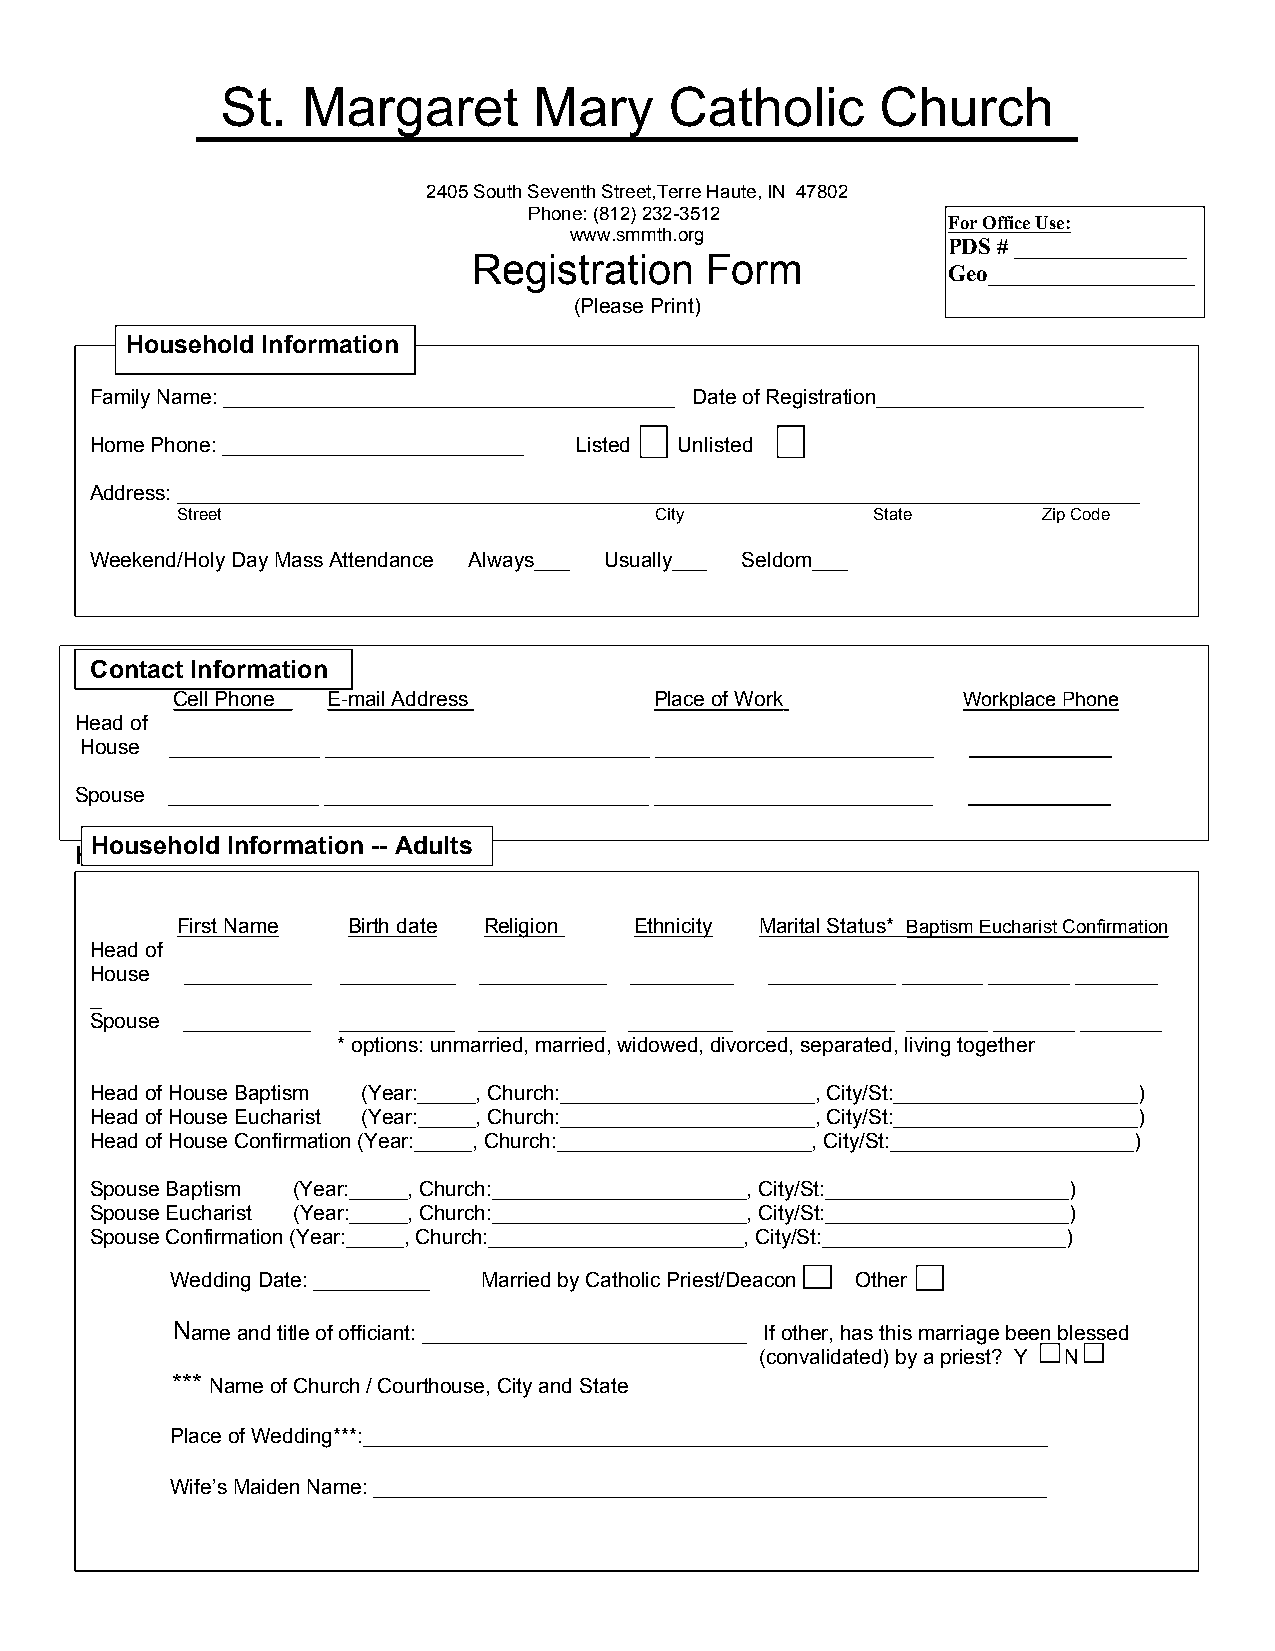
St.  Margaret       Mary     Catholic      Church
 2405 South Seventh Street,Terre Haute, IN 47802
 Phone: (812) 232-3512
 For Office Use:
 www.smmth.org
 PDS # _______________
 Registration    Form
 Geo__________________
 (Please Print)
 Household Information
 Family Name: _______________________________________ Date of Registration_______________________
 Home Phone: __________________________ Listed Unlisted
 Address: ___________________________________________________________________________________
 Street                          City          State      Zip Code
 Weekend/Holy Day Mass Attendance Always___ Usually___ Seldom___
 Contact Information
 Cell Phone E-mail Address       Place of Work        Workplace Phone
 Head of
 House _____________ ____________________________ ________________________ _____________
 Spouse _____________ ____________________________ ________________________ _____________
 Household Information -- Adults
 Household Information -- Adults
 First Name Birth date Religion Ethnicity Marital Status* Baptism Eucharist Confirmation
 Head of
 House ___________ __________ ___________ _________ ___________ _______ _______ _______
 _
 Spouse ___________ __________ ___________ _________ ___________ _______ _______ _______
 * options: unmarried, married, widowed, divorced, separated, living together
 Head of House Baptism (Year:_____, Church:______________________, City/St:_____________________)
 Head of House Eucharist (Year:_____, Church:______________________, City/St:_____________________)
 Head of House Confirmation (Year:_____, Church:______________________, City/St:_____________________)
 Spouse Baptism (Year:_____, Church:______________________, City/St:_____________________)
 Spouse Eucharist (Year:_____, Church:______________________, City/St:_____________________)
 Spouse Confirmation (Year:_____, Church:______________________, City/St:_____________________)
 Wedding Date: __________ Married by Catholic Priest/Deacon Other
 Name and title of officiant: ____________________________ If other, has this marriage been blessed
 (convalidated) by a priest? Y N
 *** Name of Church / Courthouse, City and State
 Place of Wedding***:___________________________________________________________
 Wife’s Maiden Name: __________________________________________________________